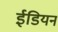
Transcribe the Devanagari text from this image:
ईडियन